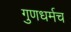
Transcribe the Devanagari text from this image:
गुणधर्मच